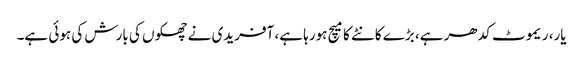
یار، ریموٹ کدھر ہے، بڑے کانٹے کا میچ ہورہا ہے، آفریدی نے چھکوں کی بارش کی ہوئی ہے۔